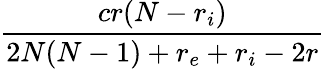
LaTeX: \frac{cr(N-r_{i})}{2N(N-1)+r_{e}+r_{i}-2r}